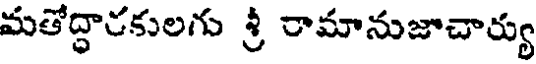
మతోద్ధారకులగు శ్రీ రామానుజాచార్యు